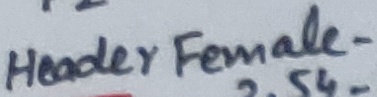
Text: Header Female-